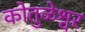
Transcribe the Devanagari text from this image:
कोतुळेश्वर